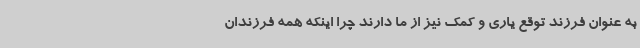
به عنوان فرزند توقع یاری و کمک نیز از ما دارند چرا اینکه همه فرزندان